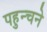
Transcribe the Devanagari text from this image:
पहुन्चने